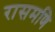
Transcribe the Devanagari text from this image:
रासमणि